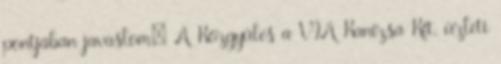
pontjában javaslom: A Közgyűlés a VIA Kanizsa Kft. üzleti